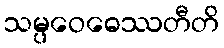
သမ္ပဝေဓေဿတီတိ